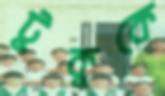
টুকুকে